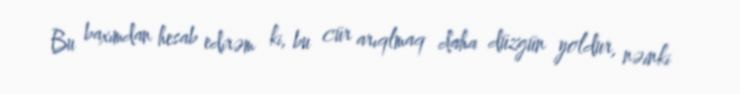
Bu baxımdan hesab edirəm ki, bu cür arıqlmaq daha düzgün yoldur, nəinki